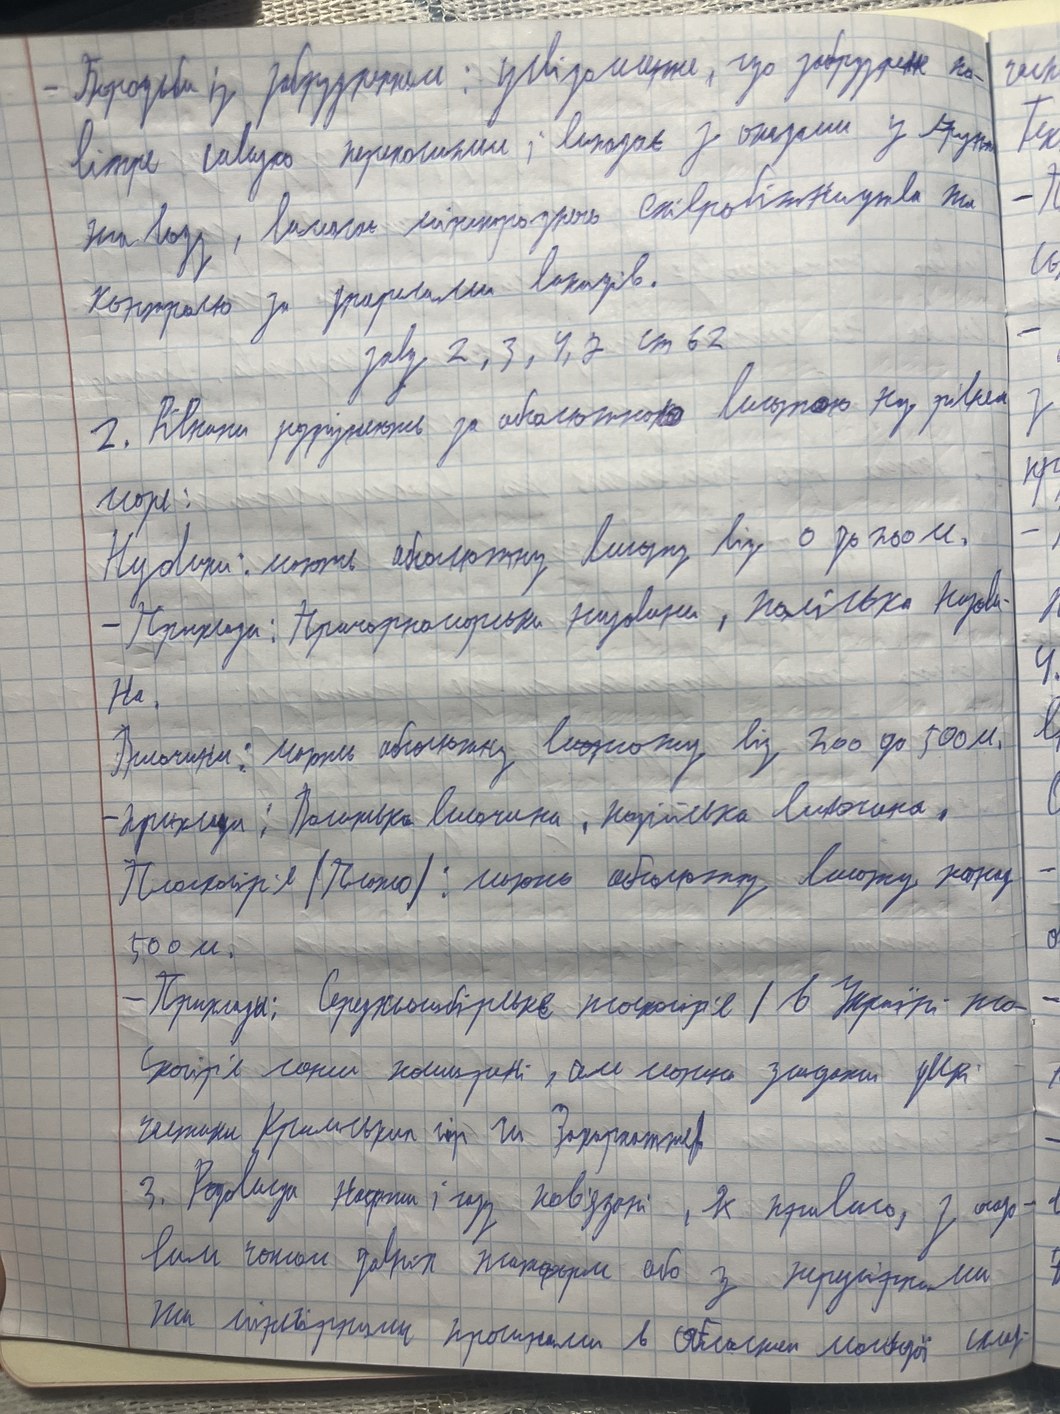
- Бородьба із забрудненням: усвідомлення, по-
вимагає виключно право
контроль за поривами вітрів
завд. 2, 3, 4,2 ст 62
2. Рівнини порівнюють за аналогічною вильтою над рівнем
моря
Нувориш: абортку высоту без о до 200 м,
- Природа: Природно-соціальні, життєві, Політична Культу-
H
Диоксидин: шприц объемом від 200 до 500 мл,
- припухли, почервоніли, набрякли, болючі,
- Посмотри! Можно; шорты абортку смотрю кожу
100 m
зроби копії кошти, я можу зайти увд.
Критерии за оценяване
3. Розв'язки Нафти і газу навколо 2 прикладів, 1 сопр - d
ким чином завіз жандарми або з кукурудзи ми
Мы перешли в область Матвей ми